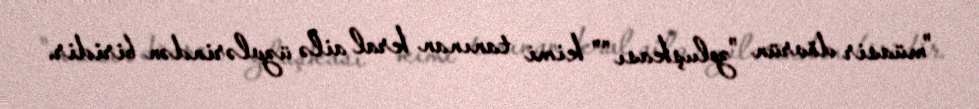
"müasir dövrün "zoluşkası"" kimi tanınan kral ailə üzvlərindən biridir.